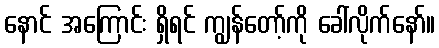
နောင် အကြောင်း ရှိရင် ကျွန်တော့်ကို ခေါ်လိုက်နော်။